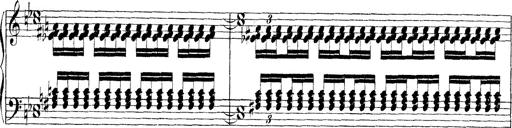
Title: Technische Studien
Composer: Franz Liszt